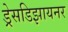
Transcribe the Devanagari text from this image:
ड्रेसडिझायनर